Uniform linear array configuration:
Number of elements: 16
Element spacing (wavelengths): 0.75
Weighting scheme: exponential
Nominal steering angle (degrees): -45
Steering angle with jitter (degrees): -45.084
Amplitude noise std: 0.05
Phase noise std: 0.05

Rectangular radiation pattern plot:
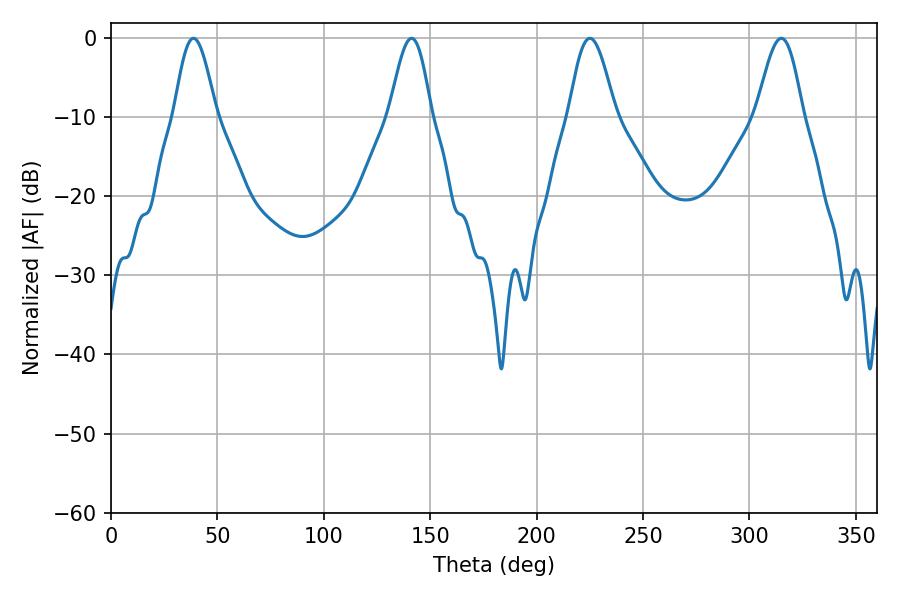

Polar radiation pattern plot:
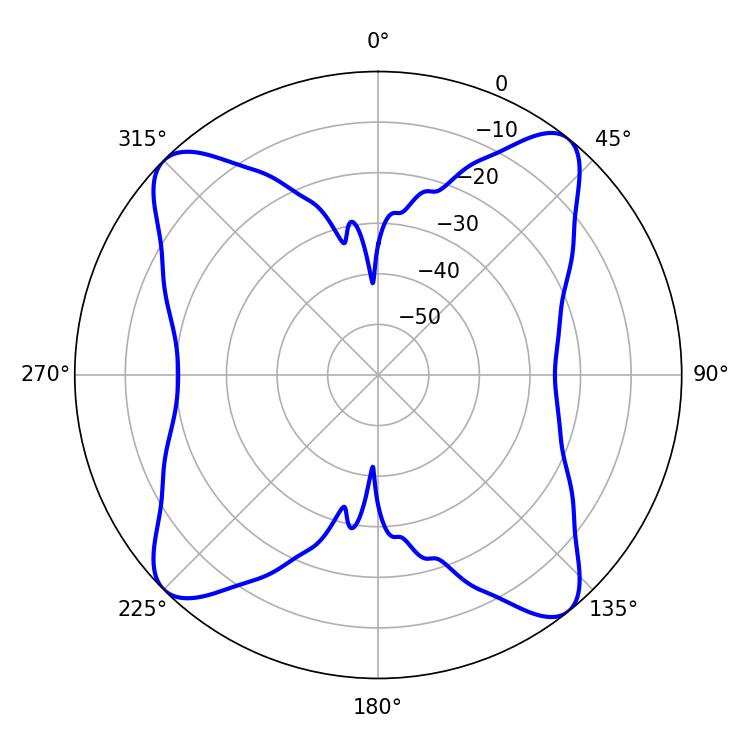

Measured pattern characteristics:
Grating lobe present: TRUE
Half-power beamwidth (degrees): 11.7
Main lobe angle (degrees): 225